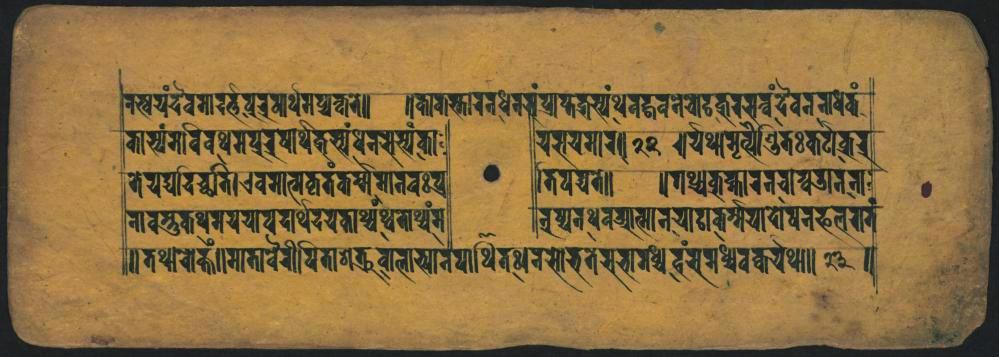
𑐳𑐶𑐳𑑂𑐰𑐫𑑄𑐡𑐰𑐟𑐵𑐨𑐥𑐸𑐬𑐰𑐬𑑂𑐠𑐩𑐥𑑂𑐬𑐎𑑂𑐟𑐩𑐾𑑌 𑐟𑐵𑐳𑑂𑐫𑑄𑐩𑐰𑐶𑐰𑐢𑐠𑐩𑐥𑐬𑐸𑐲𑐵𑐬𑑂𑐠𑐿𑐎𑐸𑐰𑑂𑐫𑑄𑐢𑐣𑐳𑐳𑑂𑐫𑑄𑐎𑐵 𑐟𑐾𑐫𑐡𑑂𑐫𑐵𑐡𑐬𑐔𑑂𑐕𑐟𑐶𑐊𑐰𑐩𑐵𑐟𑑂𑐫𑐎𑐺𑐟𑐎𑐬𑑂𑐩𑑂𑐩𑐩𑐵𑐣𑐟𑐰𑑅𑐥𑑂𑐬 𑐣𑐵𑐰𑐳𑑂𑐟𑐸𑐎𑐠𑐩𑐫𑐫𑐵𑐥𑐡𑐵𑐬𑐠𑐡𑐫𑐎𑐵𑐲𑑂𑐫𑑄𑐱𑑂𑐰𑐟𑐠𑑂𑐰𑑄𑐩 𑑌𑐟𑐠𑐵𑐬𑐾𑐎𑑂𑑄𑑌𑐩𑐵𑐟𑐵𑑂𑐰𑐿𑐬𑐷𑐥𑐶𑐟𑐵𑐱𑐎𑑂𑐬𑐸𑐰𑐵𑐮𑐵𑐨𑑂𑐫𑐵𑐣𑐾𑐥𑐵𑐠𑐶𑐟𑐠𑐵𑐬𑐳𑑀𑐨𑐟𑐾𑐳𑐨𑐵𑐟𑐢𑑂𑐫𑑄𑐴𑑄𑐳𑐩𑐢𑑂𑐔𑐰𑐎𑐫𑐠𑐵𑑌𑐂